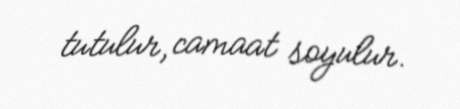
tutulur, camaat soyulur.